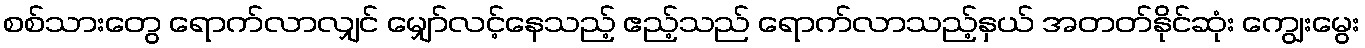
စစ်သားတွေ ရောက်လာလျှင် မျှော်လင့်နေသည့် ဧည့်သည် ရောက်လာသည့်နှယ် အတတ်နိုင်ဆုံး ကျွေးမွေး